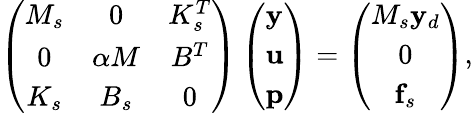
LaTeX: \left(\begin{array}{ccc}{M_{s}}&{0}&{K_{s}^{T}}\\ {0}&{\alpha M}&{B^{T}}\\ {K_{s}}&{B_{s}}&{0}\end{array}\right)\left(\begin{array}{l}{\mathbf{y}}\\ {\mathbf{u}}\\ {\mathbf{p}}\end{array}\right)=\left(\begin{array}{c}{M_{s}\mathbf{y}_{d}}\\ {0}\\ {\mathbf{f}_{s}}\end{array}\right),